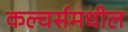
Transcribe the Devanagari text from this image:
कल्चर्समधील